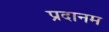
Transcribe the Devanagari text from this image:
प्रदानम